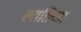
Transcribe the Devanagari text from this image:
लातिना